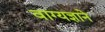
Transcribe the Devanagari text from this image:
वाग्यज्ञाने